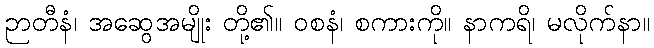
ဉာတီနံ၊ အဆွေအမျိုး တို့၏။ ဝစနံ၊ စကားကို။ နာကရိ၊ မလိုက်နာ။